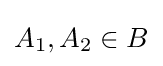
A_{1},A_{2}\in B